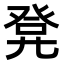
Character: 𭀭